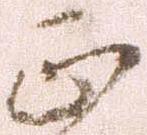
正